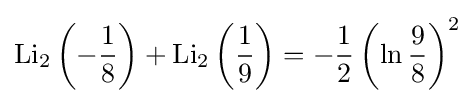
\operatorname {Li} _{2}\left(-{\frac {1}{8}}\right)+\operatorname {Li} _{2}\left({\frac {1}{9}}\right)=-{\frac {1}{2}}\left(\ln {\frac {9}{8}}\right)^{2}